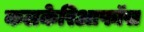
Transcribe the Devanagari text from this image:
कलकेरिआफॉस